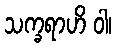
သက္ခရာဟိ ဝါ၊